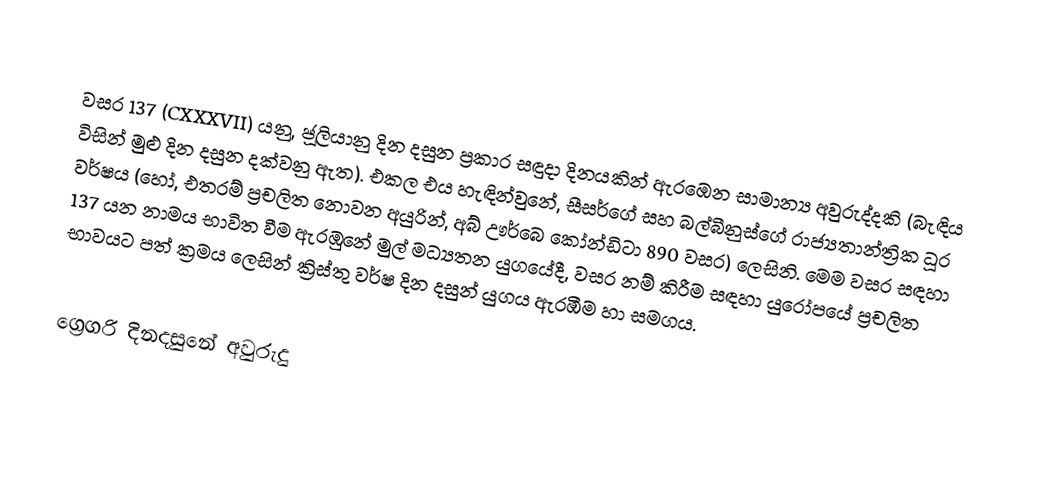

වසර 137 (CXXXVII) යනු,  ජූලියානු දින දසුන ප්‍රකාර   සඳුදා දිනයකින් ඇරඹෙන සාමාන්‍ය අවුරුද්දකි  (බැඳිය විසින් මුළු දින දසුන දක්වනු ඇත). එකල එය හැඳින්වුනේ, සීසර්ගේ සහ බල්බීනුස්ගේ රාජ්‍යතාන්ත්‍රික  ධූර වර්ෂය (හෝ, එතරම් ප්‍රචලිත නොවන අයුරින්,  අබ් ඌර්බෙ කෝන්ඩිටා  890 වසර) ලෙසිනි.  මෙම වසර සඳහා 137 යන නාමය භාවිත වීම ඇරඹුනේ මුල් මධ්‍යතන යුගයේදී, වසර නම් කිරීම සඳහා යුරෝපයේ ප්‍රචලිත භාවයට පත් ක්‍රමය ලෙසින් ක්‍රිස්තු වර්ෂ දින දසුන් යුගය ඇරඹීම හා සමගය.

ග්‍රෙගරි දිනදසුනේ අවුරුදු